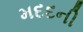
મદદની